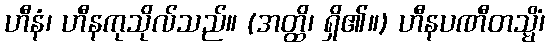
ဟီနံ၊ ဟီနကုသိုလ်သည်။ (အတ္ထိ၊ ရှိ၏။) ဟီနပဏီတသ္မိံ၊